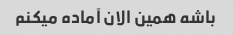
باشه همین الان آماده میکنم